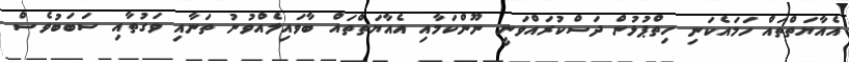
އެއާޔަތްތައް ހަމައެކަނި ހިތްޕުޅުން ދަސްކުރައްވަނީ ނޫންކަމާއި އެއާޔަތްތައް ބާވައިލެއްވުނު ތަނާއި ވަގުތާއި ސަބަބުވެސް